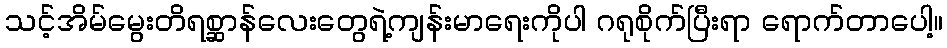
သင့်အိမ်မွေးတိရစ္ဆာန်လေးတွေရဲ့ကျန်းမာရေးကိုပါ ဂရုစိုက်ပြီးရာ ရောက်တာပေါ့။